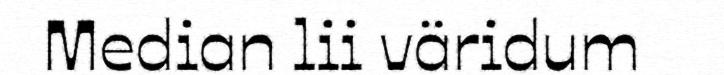
Median lii väridum